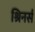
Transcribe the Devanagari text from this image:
श्रिनर्स